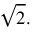
{ \sqrt { 2 } } .